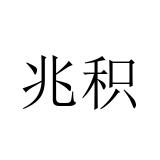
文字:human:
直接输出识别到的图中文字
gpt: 兆积